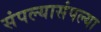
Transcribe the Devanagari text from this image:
संपल्यासंपल्या